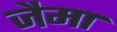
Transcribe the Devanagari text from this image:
जैमा